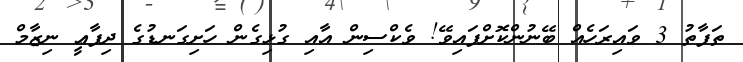
ތަފާތު 3 ވައިރަހެއް ބޭނުންކޮށްފައިވޭ! ވެކްސިން އާއި ގުޅިގެން ހަށިގަނޑުގެ ދިފާޢީ ނިޒާމް